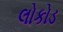
લોકોડ